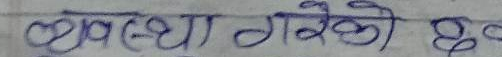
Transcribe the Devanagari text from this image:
व्यवस्था गरेको छ।